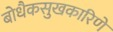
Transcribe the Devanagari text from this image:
बोधैकसुखकारिणे